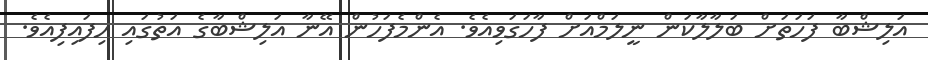
އަލިޝްބާ ފަހަތަށް ބަލާލާކަން ނީލަމްއަށް ފާހަގަވިއެވެ. އެންމެފަހުން އޭނާ އަލިޝްބާގެ އަތުގައި ހިފައިފިއެވެ.